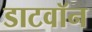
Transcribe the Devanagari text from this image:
डाटवॉन